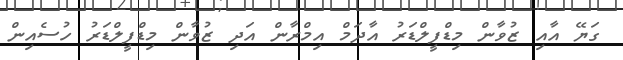
ގަޔޭ އާއި ޒުވާން މިޑްފީލްޑަރު އާދަމް އިމްރާން އަދި ޒުވާން މިޑްފީލްޑަރު ހުސެއިން